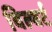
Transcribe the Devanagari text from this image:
विल्बर्ट